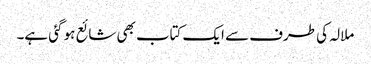
ملالہ کی طرف سے ایک کتاب بھی شائع ہو گئی ہے۔